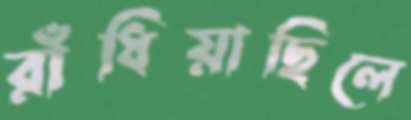
রাঁধিয়াছিলে